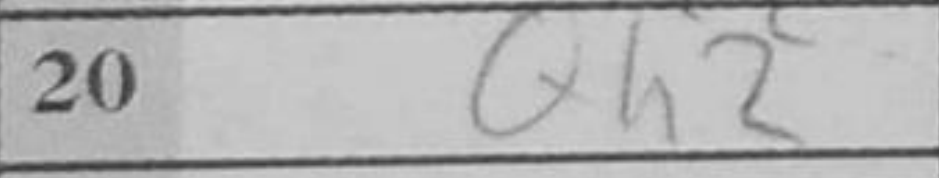
Transcription: Qh2